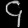
Digit: ၄